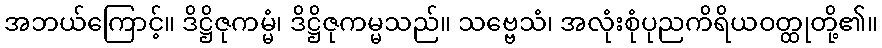
အဘယ်ကြောင့်။ ဒိဋ္ဌိဇုကမ္မံ၊ ဒိဋ္ဌိဇုကမ္မသည်။ သဗ္ဗေသံ၊ အလုံးစုံပုညကိရိယဝတ္ထုတို့၏။